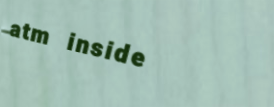
atm inside